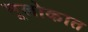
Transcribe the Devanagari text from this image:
भूलोकात